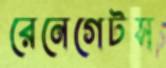
রেনেগেটস